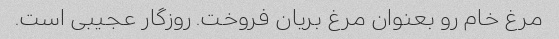
مرغ خام رو بعنوان مرغ بریان فروخت. روزگار عجیبی است.